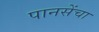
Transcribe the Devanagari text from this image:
पानसेंचा